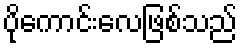
ပိုကောင်းလေဖြစ်သည်